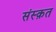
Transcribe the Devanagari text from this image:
संस्‍क़त